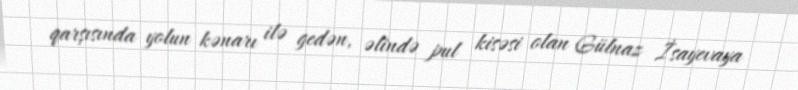
qarşısında yolun kənarı ilə gedən, əlində pul kisəsi olan Gülnaz İsayevaya